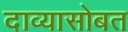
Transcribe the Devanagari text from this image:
दाव्यासोबत